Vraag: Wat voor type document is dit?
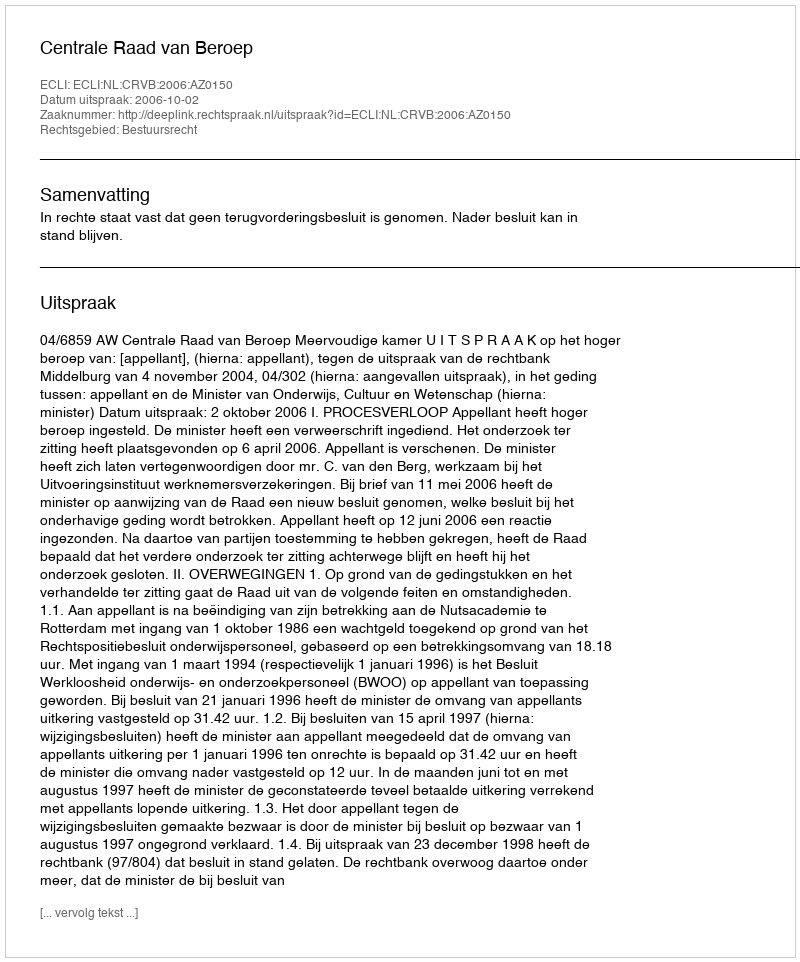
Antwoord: Uitspraak